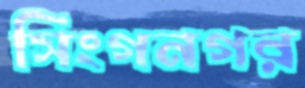
সিংগনগর